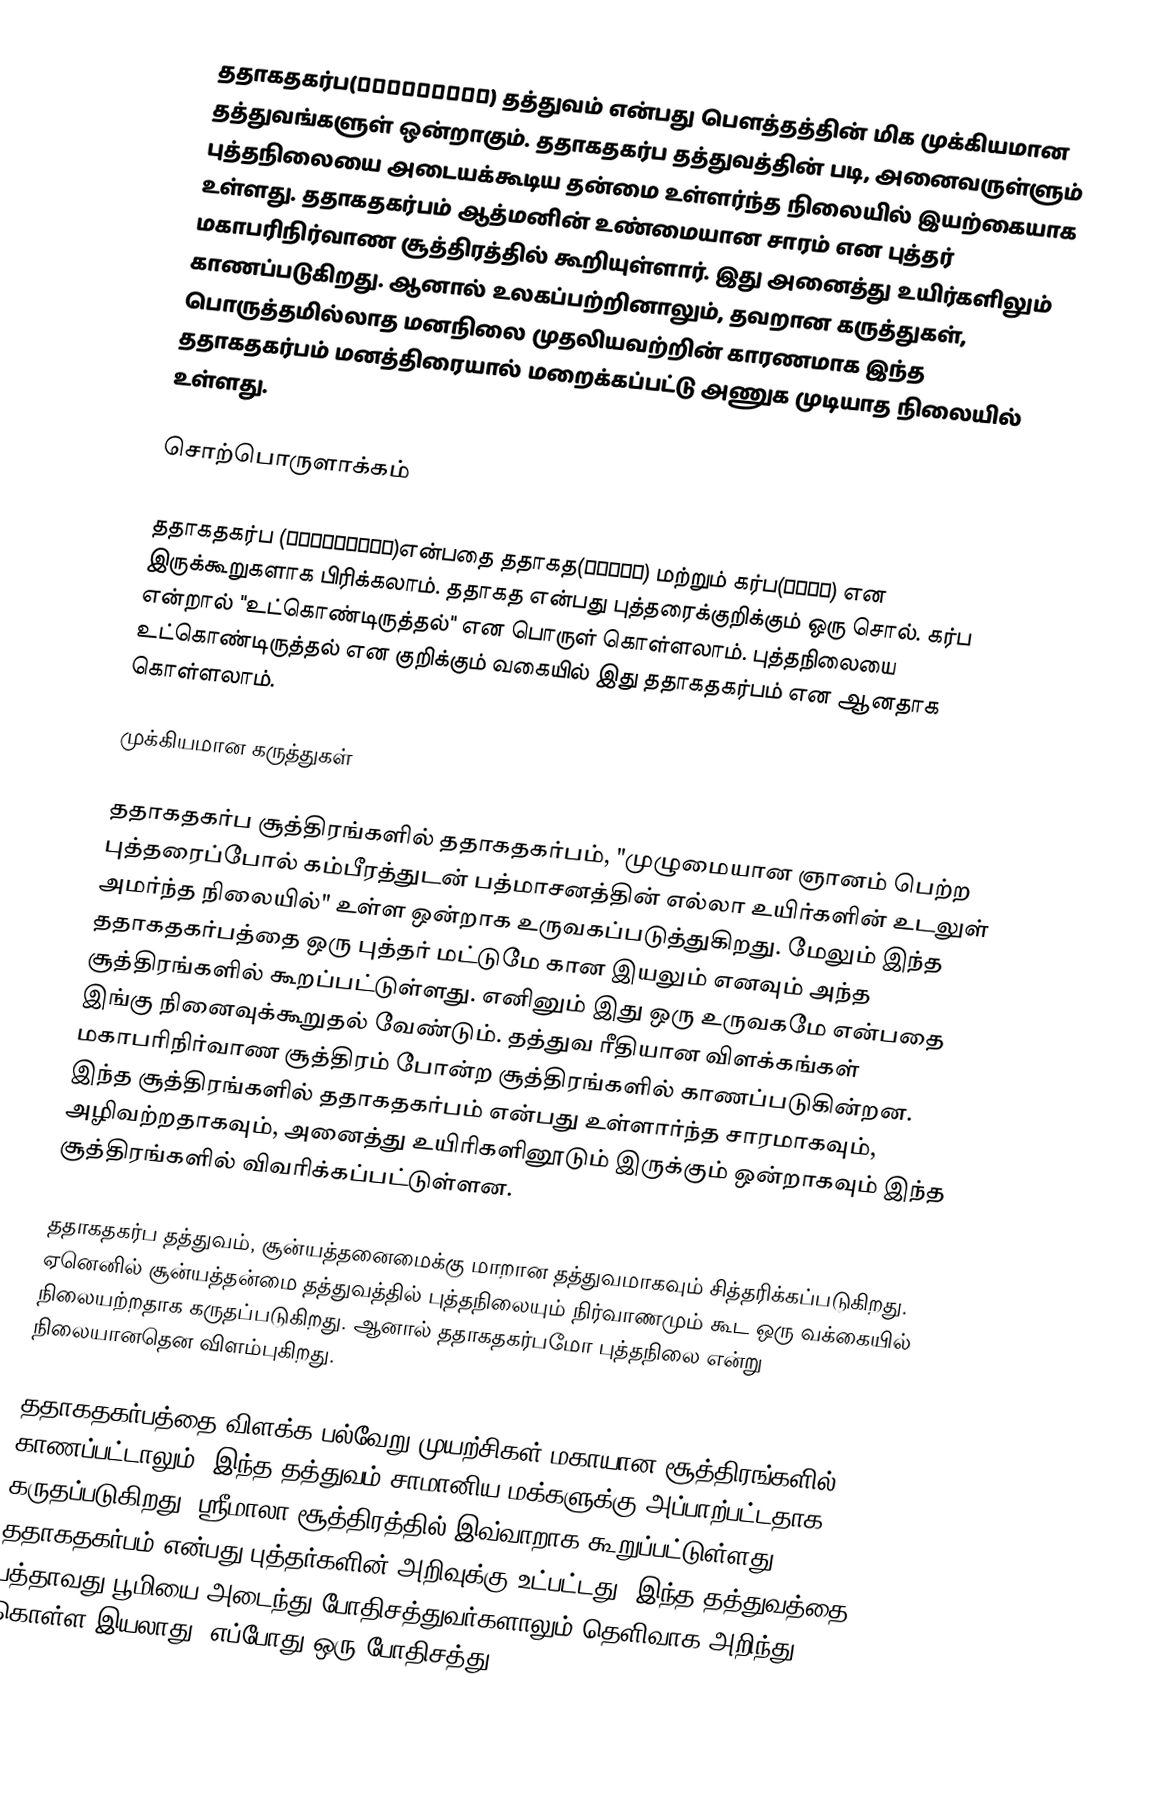
ததாகதகர்ப(तथागतगर्भ) தத்துவம் என்பது பௌத்தத்தின் மிக முக்கியமான தத்துவங்களுள் ஒன்றாகும். ததாகதகர்ப தத்துவத்தின் படி, அனைவருள்ளும் புத்தநிலையை அடையக்கூடிய தன்மை உள்ளர்ந்த நிலையில் இயற்கையாக உள்ளது. ததாகதகர்பம் ஆத்மனின் உண்மையான சாரம் என புத்தர் மகாபரிநிர்வாண சூத்திரத்தில் கூறியுள்ளார். இது அனைத்து உயிர்களிலும் காணப்படுகிறது. ஆனால் உலகப்பற்றினாலும், தவறான கருத்துகள், பொருத்தமில்லாத மனநிலை முதலியவற்றின் காரணமாக இந்த ததாகதகர்பம் மனத்திரையால் மறைக்கப்பட்டு அணுக முடியாத நிலையில் உள்ளது.

சொற்பொருளாக்கம்

ததாகதகர்ப (तथागतगर्भ)என்பதை ததாகத(तथागत) மற்றும் கர்ப(गर्भ) என இருக்கூறுகளாக பிரிக்கலாம். ததாகத என்பது புத்தரைக்குறிக்கும் ஒரு சொல். கர்ப என்றால் "உட்கொண்டிருத்தல்" என பொருள் கொள்ளலாம். புத்தநிலையை உட்கொண்டிருத்தல் என குறிக்கும் வகையில் இது ததாகதகர்பம் என ஆனதாக கொள்ளலாம்.

முக்கியமான கருத்துகள்

ததாகதகர்ப சூத்திரங்களில் ததாகதகர்பம், "முழுமையான ஞானம் பெற்ற புத்தரைப்போல் கம்பீரத்துடன் பத்மாசனத்தின் எல்லா உயிர்களின் உடலுள் அமர்ந்த நிலையில்" உள்ள ஒன்றாக உருவகப்படுத்துகிறது. மேலும் இந்த ததாகதகர்பத்தை ஒரு புத்தர் மட்டுமே கான இயலும் எனவும் அந்த சூத்திரங்களில் கூறப்பட்டுள்ளது. எனினும் இது ஒரு உருவகமே என்பதை இங்கு நினைவுக்கூறுதல் வேண்டும். தத்துவ ரீதியான விளக்கங்கள் மகாபரிநிர்வாண சூத்திரம் போன்ற சூத்திரங்களில் காணப்படுகின்றன. இந்த சூத்திரங்களில் ததாகதகர்பம் என்பது உள்ளார்ந்த சாரமாகவும், அழிவற்றதாகவும், அனைத்து உயிரிகளினூடும் இருக்கும் ஒன்றாகவும் இந்த சூத்திரங்களில் விவரிக்கப்பட்டுள்ளன.

ததாகதகர்ப தத்துவம், சூன்யத்தனைமைக்கு மாறான தத்துவமாகவும் சித்தரிக்கப்படுகிறது. ஏனெனில் சூன்யத்தன்மை தத்துவத்தில் புத்தநிலையும் நிர்வாணமும் கூட ஒரு வக்கையில் நிலையற்றதாக கருதப்படுகிறது. ஆனால் ததாகதகர்பமோ புத்தநிலை என்று நிலையானதென விளம்புகிறது.

ததாகதகர்பத்தை விளக்க பல்வேறு முயற்சிகள் மகாயான சூத்திரங்களில் காணப்பட்டாலும், இந்த தத்துவம் சாமானிய மக்களுக்கு அப்பாற்பட்டதாக கருதப்படுகிறது. ஸ்ரீமாலா சூத்திரத்தில் இவ்வாறாக கூறுப்பட்டுள்ளது," ததாகதகர்பம் என்பது புத்தர்களின் அறிவுக்கு உட்பட்டது. இந்த தத்துவத்தை பத்தாவது பூமியை அடைந்து போதிசத்துவர்களாலும் தெளிவாக அறிந்து கொள்ள இயலாது. எப்போது ஒரு போதிசத்து